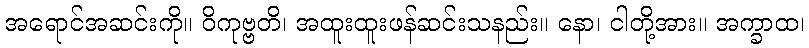
အရောင်အဆင်းကို။ ဝိကုဗ္ဗတိ၊ အထူးထူးဖန်ဆင်းသနည်း။ နော၊ ငါတို့အား။ အက္ခာထ၊